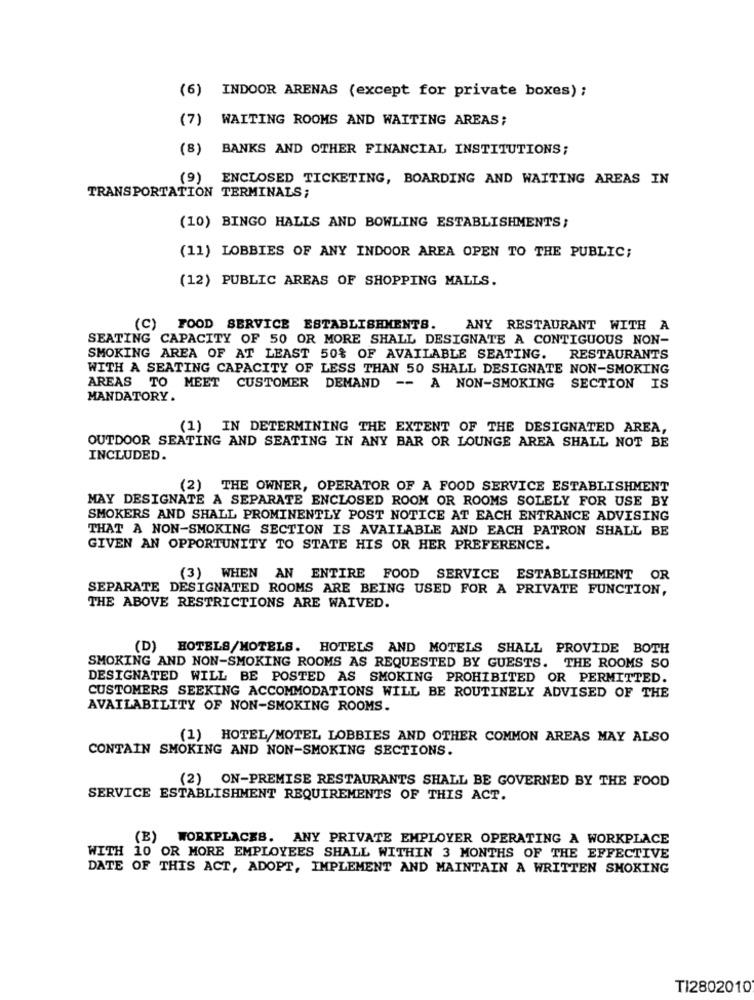
(6)
INDOOR ARENAS (except for private boxes) ;
(7)
WAITING ROOMS AND WAITING AREAS;
(8)
BANKS AND OTHER FINANCIAL INSTITUTIONS;
(9)
ENCLOSED TICKETING, BOARDING AND WAITING AREAS IN
TRANSPORTATION TERMINALS;
(10) BINGO HALLS AND BOWLING ESTABLISHMENTS;
(11) LOBBIES OF ANY INDOOR AREA OPEN TO THE PUBLIC;
(12) PUBLIC AREAS OF SHOPPING MALLS.
(C) FOOD SERVICE ESTABLISHMENTS.
ANY RESTAURANT WITH A
SEATING CAPACITY OF 50 OR MORE SHALL DESIGNATE A CONTIGUOUS NON-
SMOKING AREA OF AT LEAST 50% OF AVAILABLE SEATING. RESTAURANTS
WITH A SEATING CAPACITY OF LESS THAN 50 SHALL DESIGNATE NON-SMOKING
AREAS TO MEET CUSTOMER DEMAND
-- A NON-SMOKING
SECTION IS
MANDATORY.
(1) IN DETERMINING THE EXTENT OF THE DESIGNATED AREA,
OUTDOOR SEATING AND SEATING IN ANY BAR OR LOUNGE AREA SHALL NOT BE
INCLUDED.
(2) THE OWNER, OPERATOR OF A FOOD SERVICE ESTABLISHMENT
MAY DESIGNATE A SEPARATE ENCLOSED ROOM OR ROOMS SOLELY FOR USE BY
SMOKERS AND SHALL PROMINENTLY POST NOTICE AT EACH ENTRANCE ADVISING
THAT A NON-SMOKING SECTION IS AVAILABLE AND EACH PATRON SHALL BE
GIVEN AN OPPORTUNITY TO STATE HIS OR HER PREFERENCE.
(3) WHEN AN ENTIRE FOOD SERVICE ESTABLISHMENT OR
SEPARATE DESIGNATED ROOMS ARE BEING USED FOR A PRIVATE FUNCTION,
THE ABOVE RESTRICTIONS ARE WAIVED.
(D) HOTELS/MOTELS. HOTELS AND MOTELS SHALL PROVIDE BOTH
SMOKING AND NON-SMOKING ROOMS AS REQUESTED BY GUESTS. THE ROOMS SO
DESIGNATED WILL BE POSTED AS SMOKING PROHIBITED OR PERMITTED.
CUSTOMERS SEEKING ACCOMMODATIONS WILL BE ROUTINELY ADVISED OF THE
AVAILABILITY OF NON-SMOKING ROOMS.
(1) HOTEL/MOTEL LOBBIES AND OTHER COMMON AREAS MAY ALSO
CONTAIN SMOKING AND NON-SMOKING SECTIONS.
(2) ON-PREMISE RESTAURANTS SHALL BE GOVERNED BY THE FOOD
SERVICE ESTABLISHMENT REQUIREMENTS OF THIS ACT.
(E) WORKPLACEB. ANY PRIVATE EMPLOYER OPERATING A WORKPLACE
WITH 10 OR MORE EMPLOYEES SHALL WITHIN 3 MONTHS OF THE EFFECTIVE
DATE OF THIS ACT, ADOPT, IMPLEMENT AND MAINTAIN A WRITTEN SMOKING
TI2802010